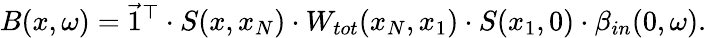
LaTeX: B(x,\omega)=\vec{1}^{\top}\cdot S(x,x_{N})\cdot W_{tot}(x_{N},x_{1})\cdot S(x_{1},0)\cdot\beta_{in}(0,\omega).